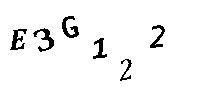
E3G122